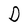
Character: D